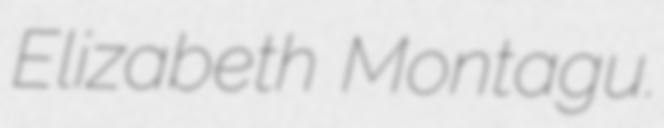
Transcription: Elizabeth Montagu.